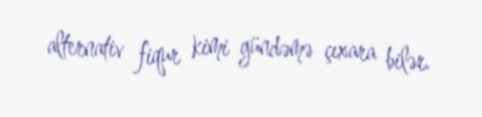
alternativ fiqur kimi gündəmə çıxara bilər.